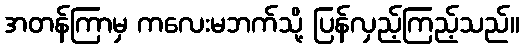
အတန်ကြာမှ ကလေးမဘက်သို့ ပြန်လှည့်ကြည့်သည်။